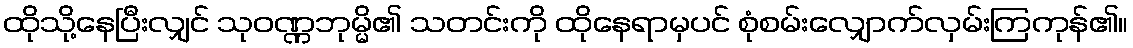
ထိုသို့နေပြီးလျှင် သုဝဏ္ဏဘုမ္မိ၏ သတင်းကို ထိုနေရာမှပင် စုံစမ်းလျှောက်လှမ်းကြကုန်၏။